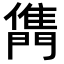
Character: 𨶊